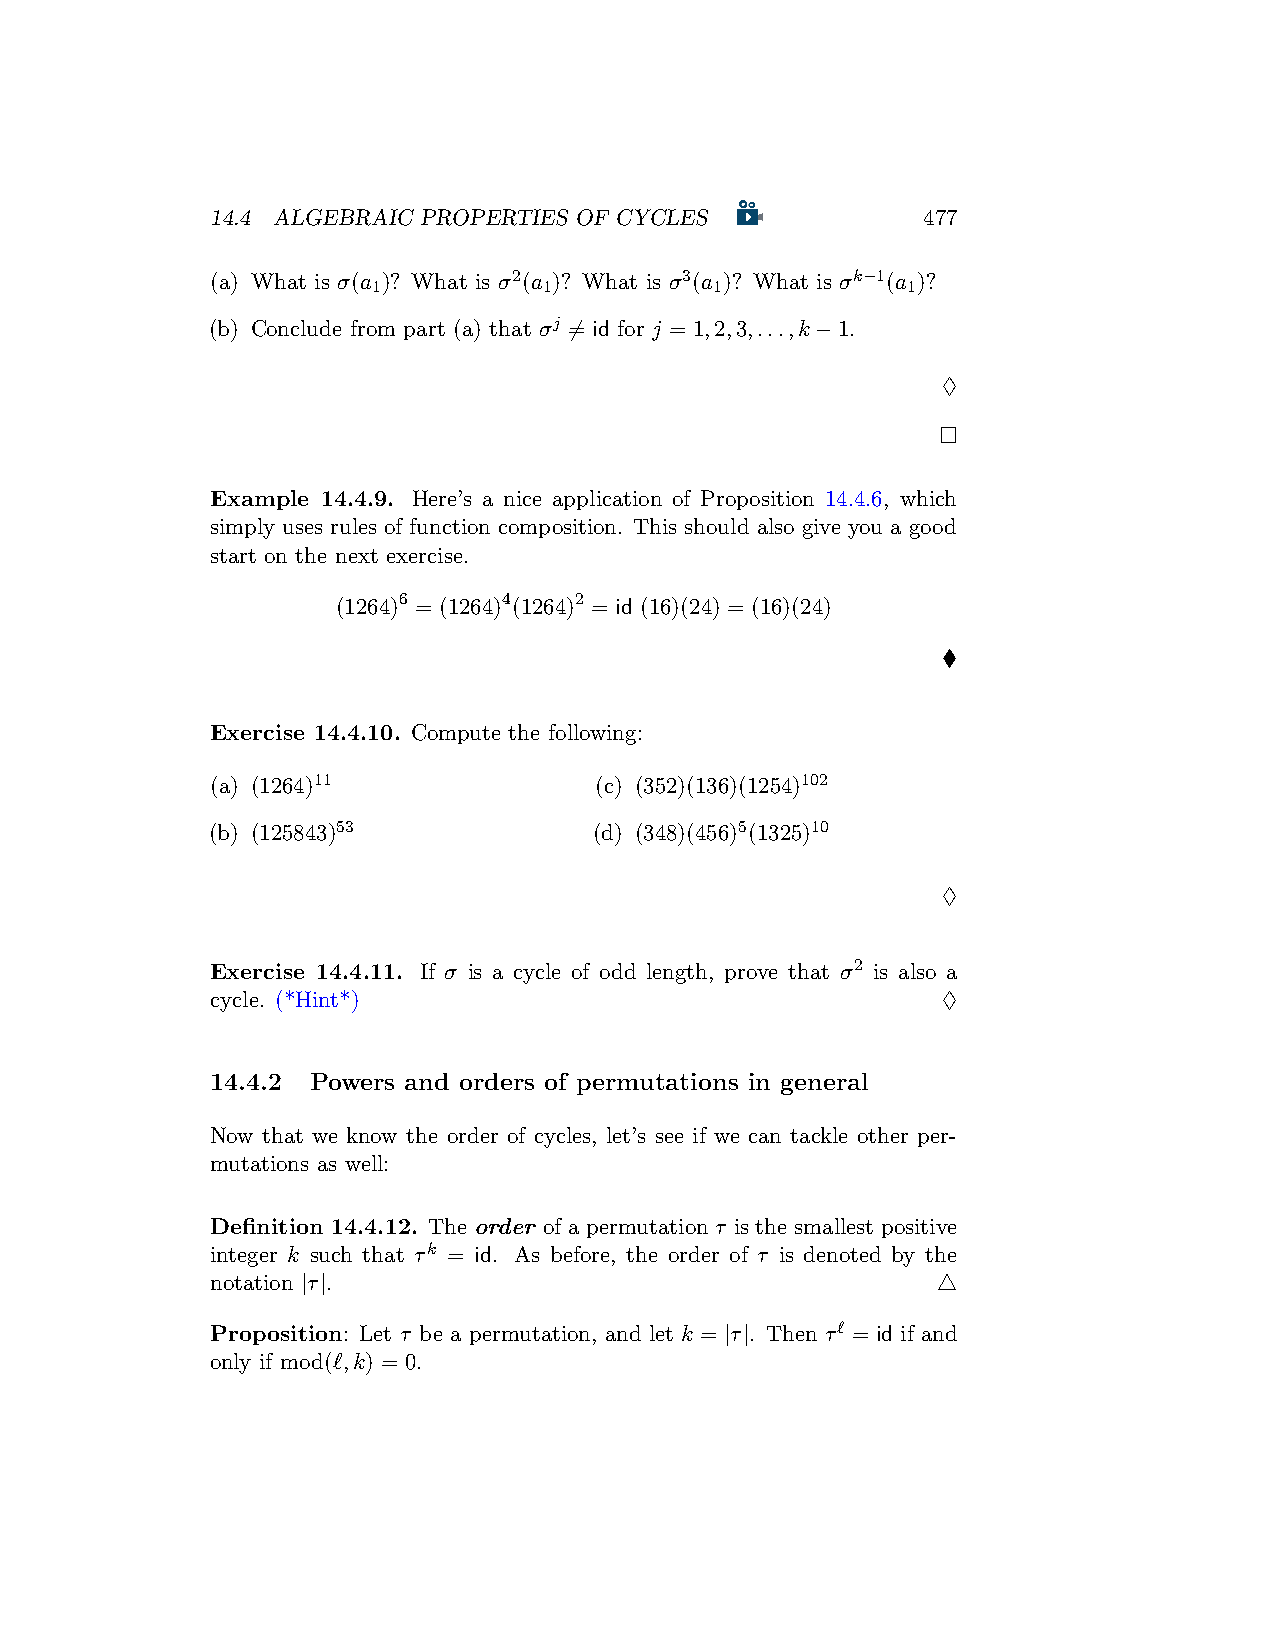
14.4 ALGEBRAIC PROPERTIES OF CYCLES            477
 (a) What is σ(a )? What is σ2(a )? What is σ3(a )? What is σk−1(a )?
 1          1          1            1
 (b) Conclude from part (a) that σj ̸= id for j = 1,2,3,...,k−1.
 ♢
 □
 Example 14.4.9. Here’s a nice application of Proposition 14.4.6, which
 simply uses rules of function composition. This should also give you a good
 start on the next exercise.
 (1264)6 = (1264)4(1264)2 = id (16)(24) = (16)(24)
 ♦
 Exercise 14.4.10. Compute the following:
 (a) (1264)11             (c) (352)(136)(1254)102
 (b) (125843)53           (d) (348)(456)5(1325)10
 ♢
 Exercise 14.4.11. If σ is a cycle of odd length, prove that σ2 is also a
 cycle. (*Hint*)                                 ♢
 14.4.2 Powers and orders of permutations in general
 Now that we know the order of cycles, let’s see if we can tackle other per-
 mutations as well:
 Definition 14.4.12. The order of a permutation τ is the smallest positive
 integer k such that τk = id. As before, the order of τ is denoted by the
 notation |τ|.                                   △
 Proposition: Let τ be a permutation, and let k = |τ|. Then τℓ = id if and
 only if mod(ℓ,k) = 0.